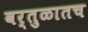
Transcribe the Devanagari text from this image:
वर्तुळातच